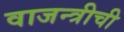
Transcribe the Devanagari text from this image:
वाजन्त्रीची